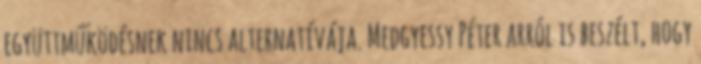
együttműködésnek nincs alternatívája. Medgyessy Péter arról is beszélt, hogy